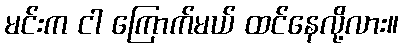
မင်းက ငါ ကြောက်မယ် ထင်နေလို့လား။